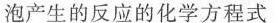
泡产生的反应的化学方程式